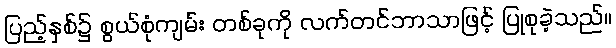
ပြည့်နှစ်၌ စွယ်စုံကျမ်း တစ်ခုကို လက်တင်ဘာသာဖြင့် ပြုစုခဲ့သည်။